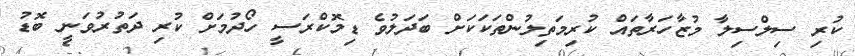
ކުރި ސިލްސިލާ މުޒާހަރާތައް ކުރިމަތިލުންތަކަކަށް ބަދަލުވެ ޑިމޮކްރަސީ ހޯދުމަށް ކުރި ދަތުރުވަނީ ބޮޑު